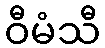
ဝီမံသီ